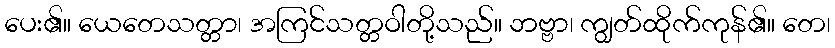
ပေး၏။ ယေတေသတ္တာ၊ အကြင်သတ္တဝါတို့သည်။ ဘဗ္ဗာ၊ ကျွတ်ထိုက်ကုန်၏။ တေ၊